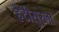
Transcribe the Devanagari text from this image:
हेटीसुरला